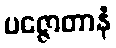
ပဇ္ဇောတာနံ